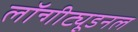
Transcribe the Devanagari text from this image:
लॉन्गीट्यूडनल